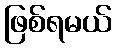
ဖြစ်ရမယ်